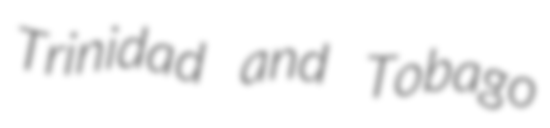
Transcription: Trinidad and Tobago